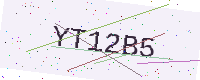
Text: YT12B5